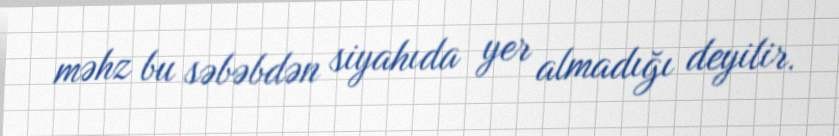
məhz bu səbəbdən siyahıda yer almadığı deyilir.